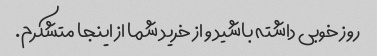
روز خوبی داشته باشید و از خرید شما از اینجا متشکرم.